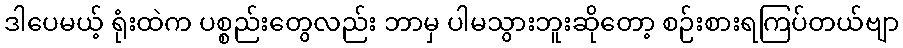
ဒါပေမယ့် ရုံးထဲက ပစ္စည်းတွေလည်း ဘာမှ ပါမသွားဘူးဆိုတော့ စဉ်းစားရကြပ်တယ်ဗျာ